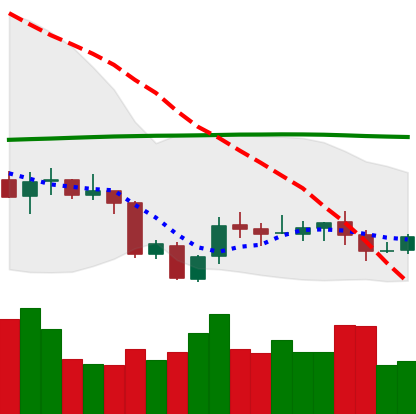
Ticker: XLM-USD
Chart end date: 2020-10-04
Forward return: 3.0%
Label: up_3_5